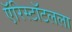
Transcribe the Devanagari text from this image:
ऍरिस्टॉटलला